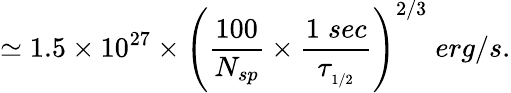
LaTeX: \simeq 1.5\times 10^{27}\times\left(\frac{100}{N_{sp}}\times\frac{1\; sec}{\tau_{_{1/2}}}\right)^{2/3}\; erg/s.